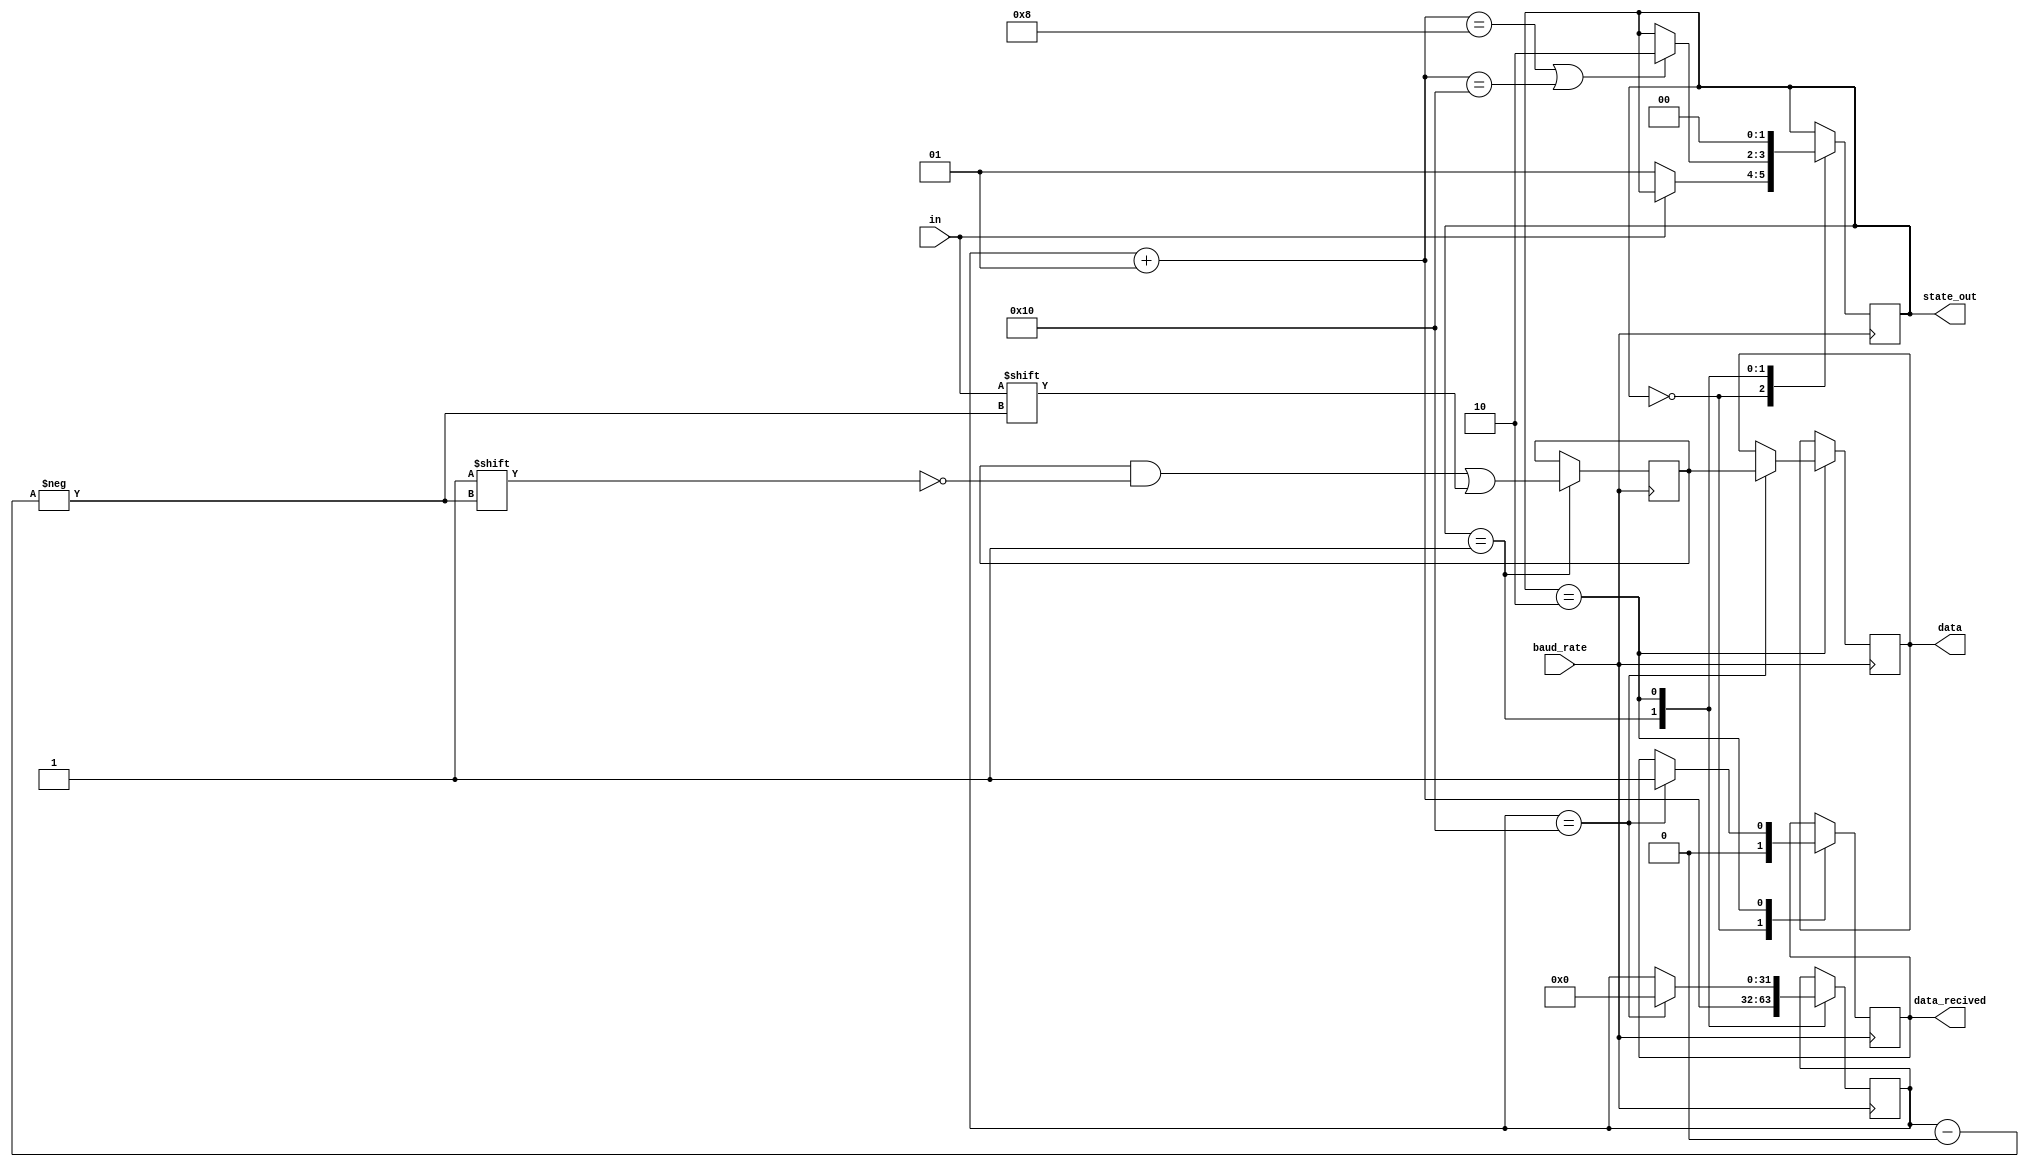
module receiver2b(baud_rate, in, data, data_recived, state_out);

input baud_rate, in; // in: Entrada serial		
output [15:0]data; 
output data_recived;	 
output [1:0]state_out; // Estado atual para debug
         
reg [15:0]data;	
reg [15:0]buffer;          
reg [1:0]state;	
reg recived = 1'b0;	

assign data_recived = recived;
assign state_out = state;

parameter START = 0, DATA = 1, STOP = 2;			 

integer counter = 0;		

always @ (posedge baud_rate) begin
	case (state)
	START: // Espera o bit de start
		begin
			recived = 1'b0;	
			if(~in) begin // Vai para DATA quando indentifica o bit de start (0)	
				state <= DATA;
			end
		end
	DATA: // L cada um dos bits de dado e salva no buffer
		begin
			buffer[counter] = in;
			counter = counter + 1;
			if(counter == 8 | counter == 16) begin // Vai para STOP quando termina de armazenar no buffer os 8 bits de cada um dos 2 bytes recebidos
				state <= STOP;
			end	
		end
	STOP: // Manda o bit de stop
		begin
			if (counter == 16) begin // Apos o ultimo bit ser armazenado no buffer
				data[15:0] <= buffer [15:0]; // Passa os dados do buffer para a saida paralela
				counter <= 0; 			
				recived = 1'b1;
			end
			state <= START;
		end
endcase
end
endmodule